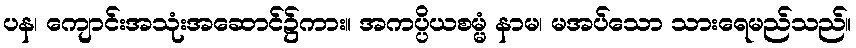
ပန၊ ကျောင်းအသုံးအဆောင်၌ကား။ အကပ္ပိယစမ္မံ နာမ၊ မအပ်သော သားရေမည်သည်။